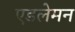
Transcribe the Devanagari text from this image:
एडलेमन